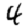
Digit: 4